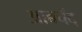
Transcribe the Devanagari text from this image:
आबचॅद